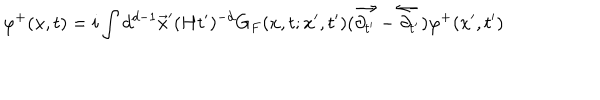
LaTeX: \varphi ^ { + } ( x , t ) = i \int d ^ { d - 1 } \vec { x } ^ { \prime } ( H t ^ { \prime } ) ^ { - d } G _ { F } ( x , t ; x ^ { \prime } , t ^ { \prime } ) ( \overrightarrow { \partial _ { t ^ { \prime } } } - \overleftarrow { \partial _ { t ^ { \prime } } } ) \varphi ^ { + } ( x ^ { \prime } , t ^ { \prime } )